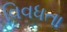
વિવધતા